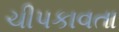
ચીપકાવતા